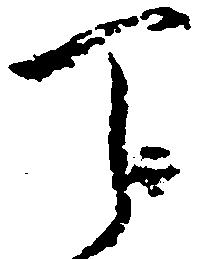
丁